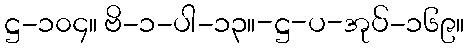
ဋ္ဌ-၁၀၄။ ဗိ-၁-ပါ-၁၃။-ဋ္ဌ-ပ-အုပ်-၁၆၉။